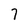
Character: 7